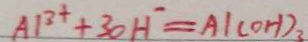
A B ^ { + } + 3 0 H ^ { - } = A l ( O H ) _ { 3 }